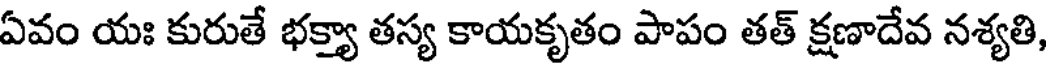
ఏవం యః కురుతే భక్త్యా తస్య కాయకృతం పాపం తత్ క్షణాదేవ నశ్యతి,